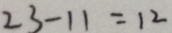
2 3 - 1 1 = 1 2